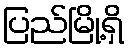
ပြည်မြို့ရှိ